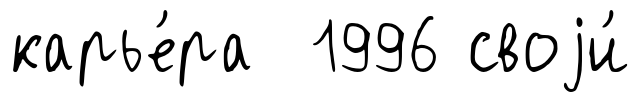
карье́ра 1996 своjи́